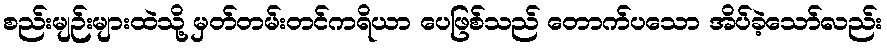
စည်းမျဉ်းများထဲသို့ မှတ်တမ်းတင်ကရိယာ ပေဖြစ်သည် တောက်ပသော အိပ်ခဲ့သော်လည်း